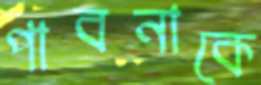
পাবনাকে